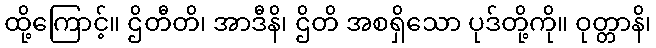
ထို့ကြောင့်။ ဌိတီတိ၊ အာဒီနိ၊ ဌိတိ အစရှိသော ပုဒ်တို့ကို။ ဝုတ္တာနိ၊